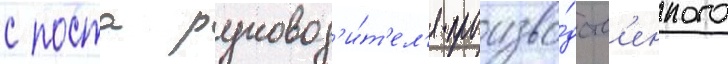
с поста руковод'и́т'ел'я произво́дств'енного